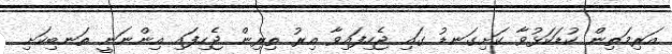
އަރިމަތިން ކުޑަކަޅުވާ ކަށިގަނޑު ގައި ޖެހިފައިވާ އިރު ތިރިން ޖެހިފައި އިންނަނީ ތަނބިކަށި